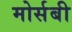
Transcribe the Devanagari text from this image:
मोर्सबी